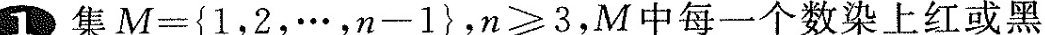
集M={1，2，\cdots，n-1}，n≥3，M中每一个数染上红或黑